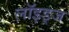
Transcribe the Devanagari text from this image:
लॉइड्ज